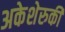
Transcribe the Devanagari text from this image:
अकेशेरुकी